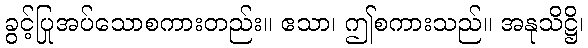
ခွင့်ပြုအပ်သောစကားတည်း။ ဧသာ၊ ဤစကားသည်။ အနုသိဋ္ဌိ၊